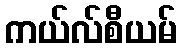
ကယ်လ်စီယမ်